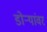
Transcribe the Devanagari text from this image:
डोर्‍यांवर